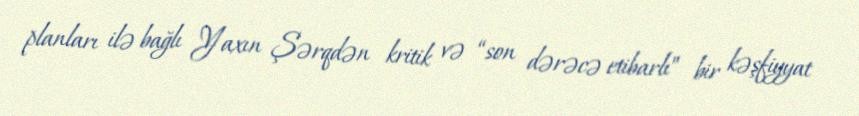
planları ilə bağlı Yaxın Şərqdən kritik və “son dərəcə etibarlı” bir kəşfiyyat